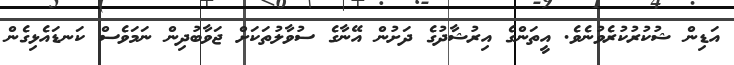
އަޑިން ޝުކުރުކުރެވުނެވެ. އީތަންގެ އިރުޝާދުގެ ދަށުން އޭނާގެ ސުވާލުތަަކަށް ޖަވާބުދިން ނަމަވެސް ކަނޑައެޅިގެން